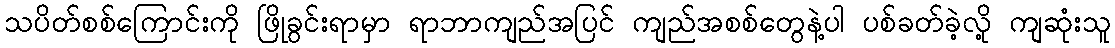
သပိတ်စစ်ကြောင်းကို ဖြိုခွင်းရာမှာ ရာဘာကျည်အပြင် ကျည်အစစ်တွေနဲ့ပါ ပစ်ခတ်ခဲ့လို့ ကျဆုံးသူ